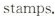
stamps.